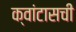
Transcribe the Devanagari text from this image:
क्वांटासची